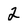
Character: 2